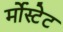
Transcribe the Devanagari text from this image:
र्मोस्टेट